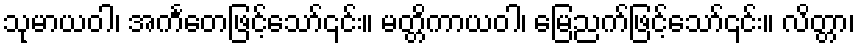
သုမာယဝါ၊ အင်္ကတေဖြင့်သော်၎င်း။ မတ္တိကာယဝါ၊ မြေညက်ဖြင့်သော်၎င်း။ လိတ္တာ၊